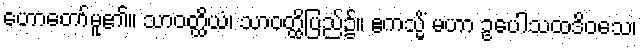
ဟောတော်မူ၏။ သာဝတ္ထိယံ၊ သာဝတ္ထိပြည်၌။ ဧကသ္မိံ မဟာ ဥပေါသထဒိဝသေ၊